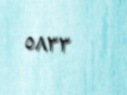
٥٨٣٣